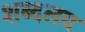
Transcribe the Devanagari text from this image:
शब्दलय